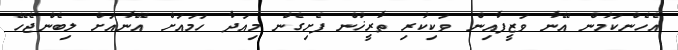
އެހެންކަމުން އޭނާ ވަޒީފާއިން ވަކިކުރި ތާރީޚުން ފެށިގެން މިއަދާ ހަމައަށް އޭނާއަށް ލިބެންޖެހޭ